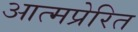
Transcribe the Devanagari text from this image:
आत्मप्रेरित